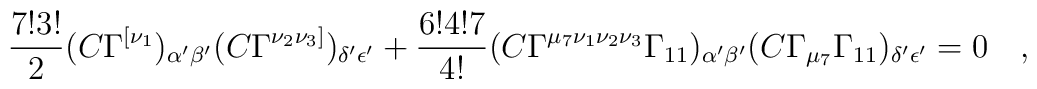
\frac{7!3!}{2}(C\Gamma^{[\nu_1})_{\alpha{'}\beta{'}}   (C\Gamma^{\nu_2\nu_3]})_{\delta{'}\epsilon{'}}+ \frac{6!4!7}{4!}(C\Gamma^{\mu_7\nu_1\nu_2\nu_3}\Gamma_{11})_{\alpha{'}\beta{'}} (C\Gamma_{\mu_7}\Gamma_{11})_{\delta{'}\epsilon{'}}=0\quad,